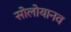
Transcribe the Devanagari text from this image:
सोलोयानव